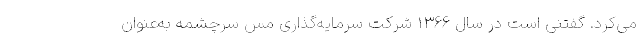
می‌کرد. گفتنی است در سال 1366 شرکت سرمایه‌گذاری مس سرچشمه به‌عنوان